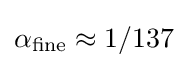
\alpha _{\text{fine}}\approx 1/137